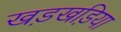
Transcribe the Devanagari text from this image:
खड़खड़िया